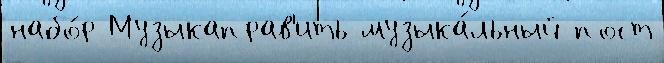
набо́р Музыкаправ'ить музыка́льный пост